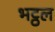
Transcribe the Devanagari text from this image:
भट्ठल